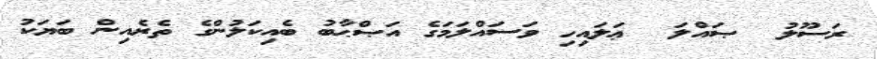
ރަސޫލު  ޞައްލަ  ޢަލައިހި ވަސައްލަމަގެ އަޞްޙާބު ބެއިކަލުންގެ ތެރެއިން ބަޔަކު